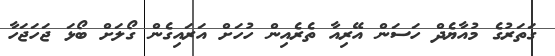
ގަތަރުގެ މުއާޔެދް ހަސަން އޭރިއާ ތެރެއިން ހުހަށް އަރައިގެން ގޯލަށް ބޯޅަ ޖަހަޖަހާ